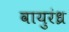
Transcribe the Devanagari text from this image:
वायुरंध्र